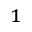
^ 1